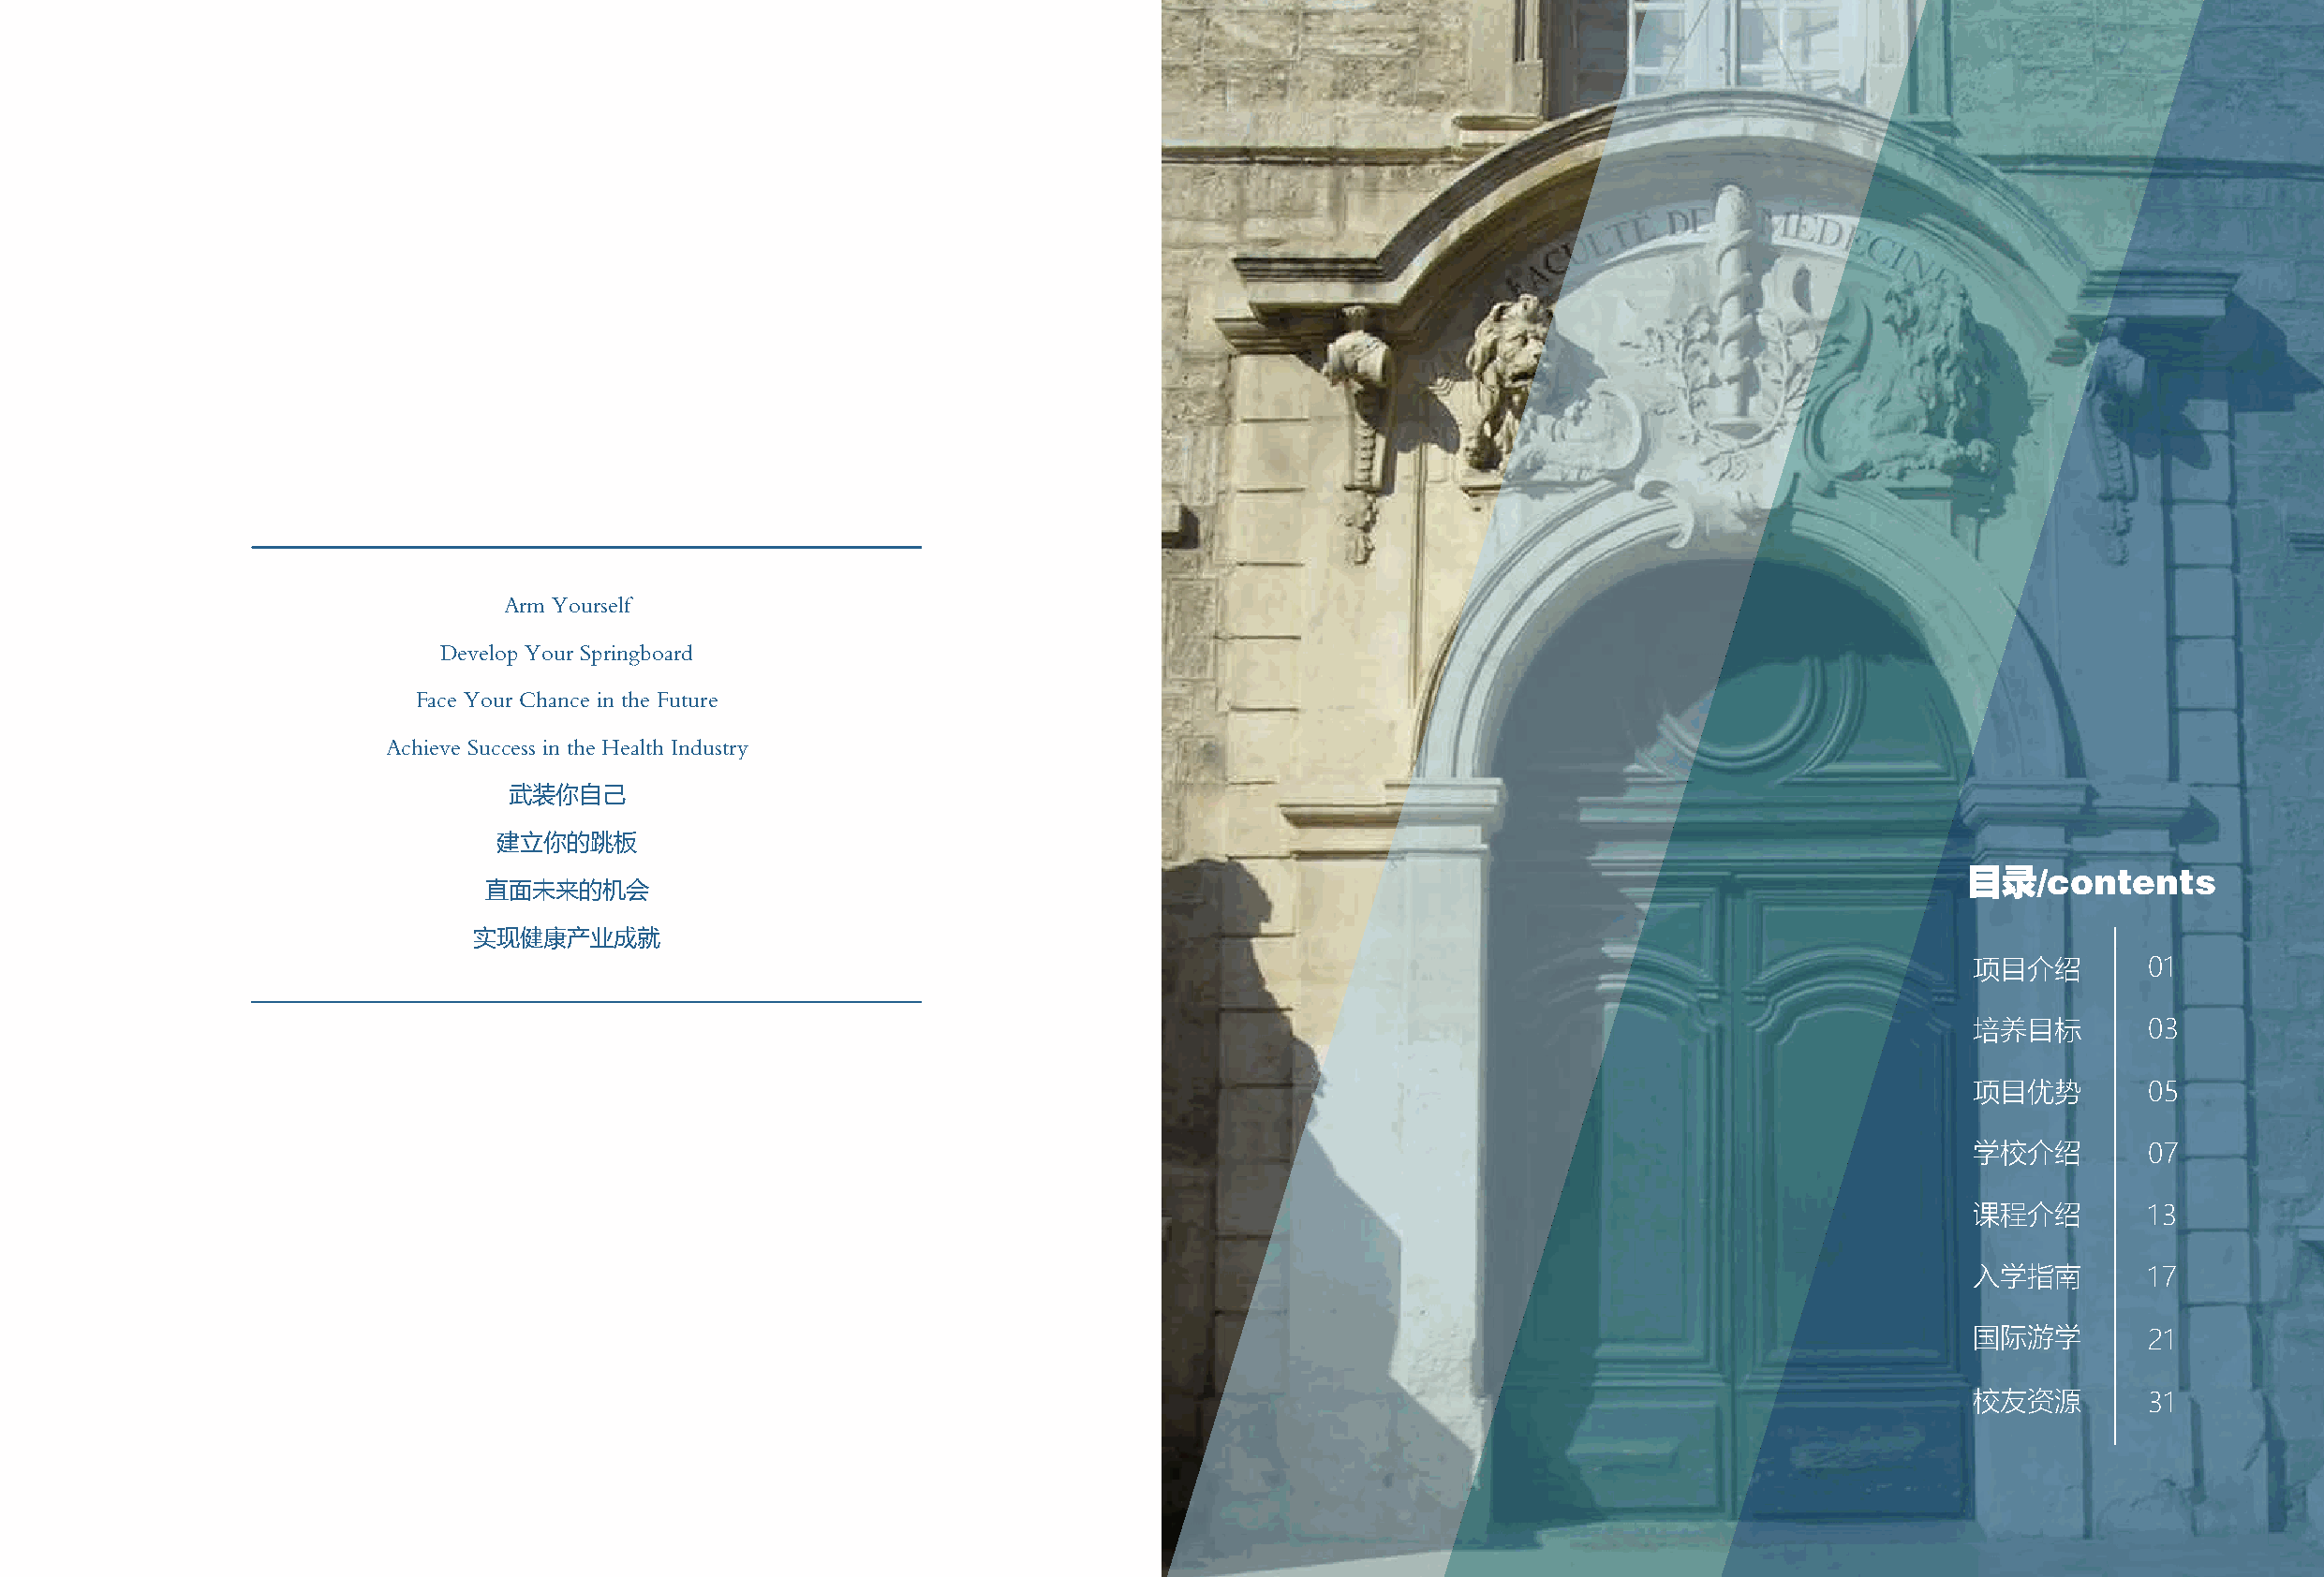
Arm Yourself
 Develop Your Springboard
 Face Your Chance in the Future
 Achieve Success in the Health Industry
 武装你自己
 建立你的跳板
 目录/contents
 直面未来的机会
 实现健康产业成就
 项目介绍         01
 培养目标         03
 项目优势         05
 学校介绍         07
 课程介绍         13
 入学指南         17
 国际游学         21
 校友资源         31